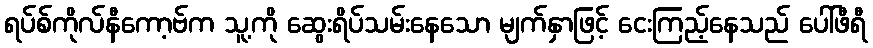
ရပ်စ်ကိုလ်နီကော့ဗ်က သူ့ကို ဆွေးရိပ်သမ်းနေသော မျက်နှာဖြင့် ငေးကြည့်နေသည် ပေါ်ဖီရီ